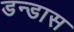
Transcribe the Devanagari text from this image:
डन्डास